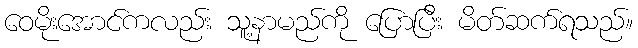
ဝေမိုးအောင်ကလည်း သူ့နာမည်ကို ပြောပြီး မိတ်ဆက်ရသည်။